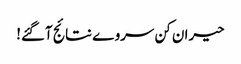
حیران کن سروے نتائج آگئے!